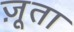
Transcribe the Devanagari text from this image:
ज़ूता